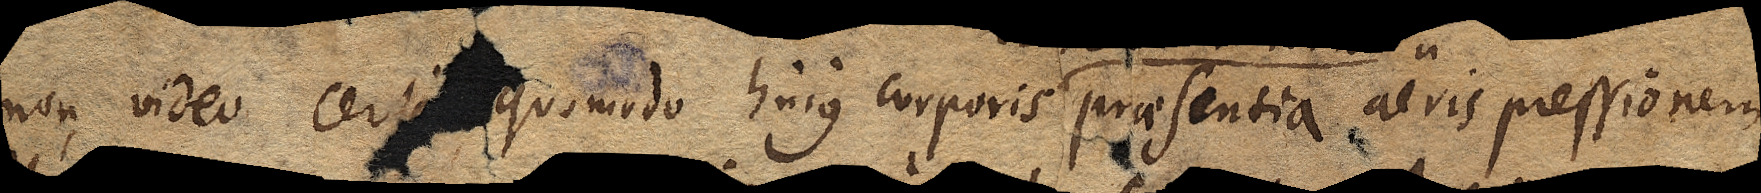
non video cert≺e≻ quomodo hujus corporis praesentia aeris pressionem